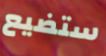
ستضيع